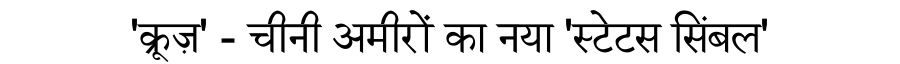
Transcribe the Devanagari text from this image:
'क्रूज़' - चीनी अमीरों का नया 'स्टेटस सिंबल'